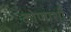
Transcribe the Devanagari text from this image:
कोणाशीं